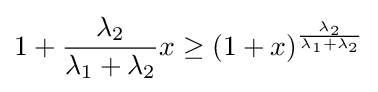
1+{\dfrac {\lambda _{2}}{\lambda _{1}+\lambda _{2}}}x\geq (1+x)^{\frac {\lambda _{2}}{\lambda _{1}+\lambda _{2}}}